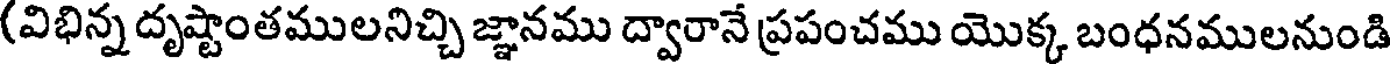
(విభిన్న దృష్టాంతములనిచ్చి జ్ఞానము ద్వారానే ప్రపంచము యొక్క బంధనములనుండి